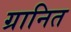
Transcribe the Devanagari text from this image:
ग्रानित